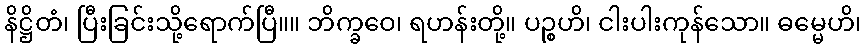
နိဋ္ဌိတံ၊ ပြီးခြင်းသို့ရောက်ပြီ။။ ဘိက္ခဝေ၊ ရဟန်းတို့။ ပဉ္စဟိ၊ ငါးပါးကုန်သော။ ဓမ္မေဟိ၊